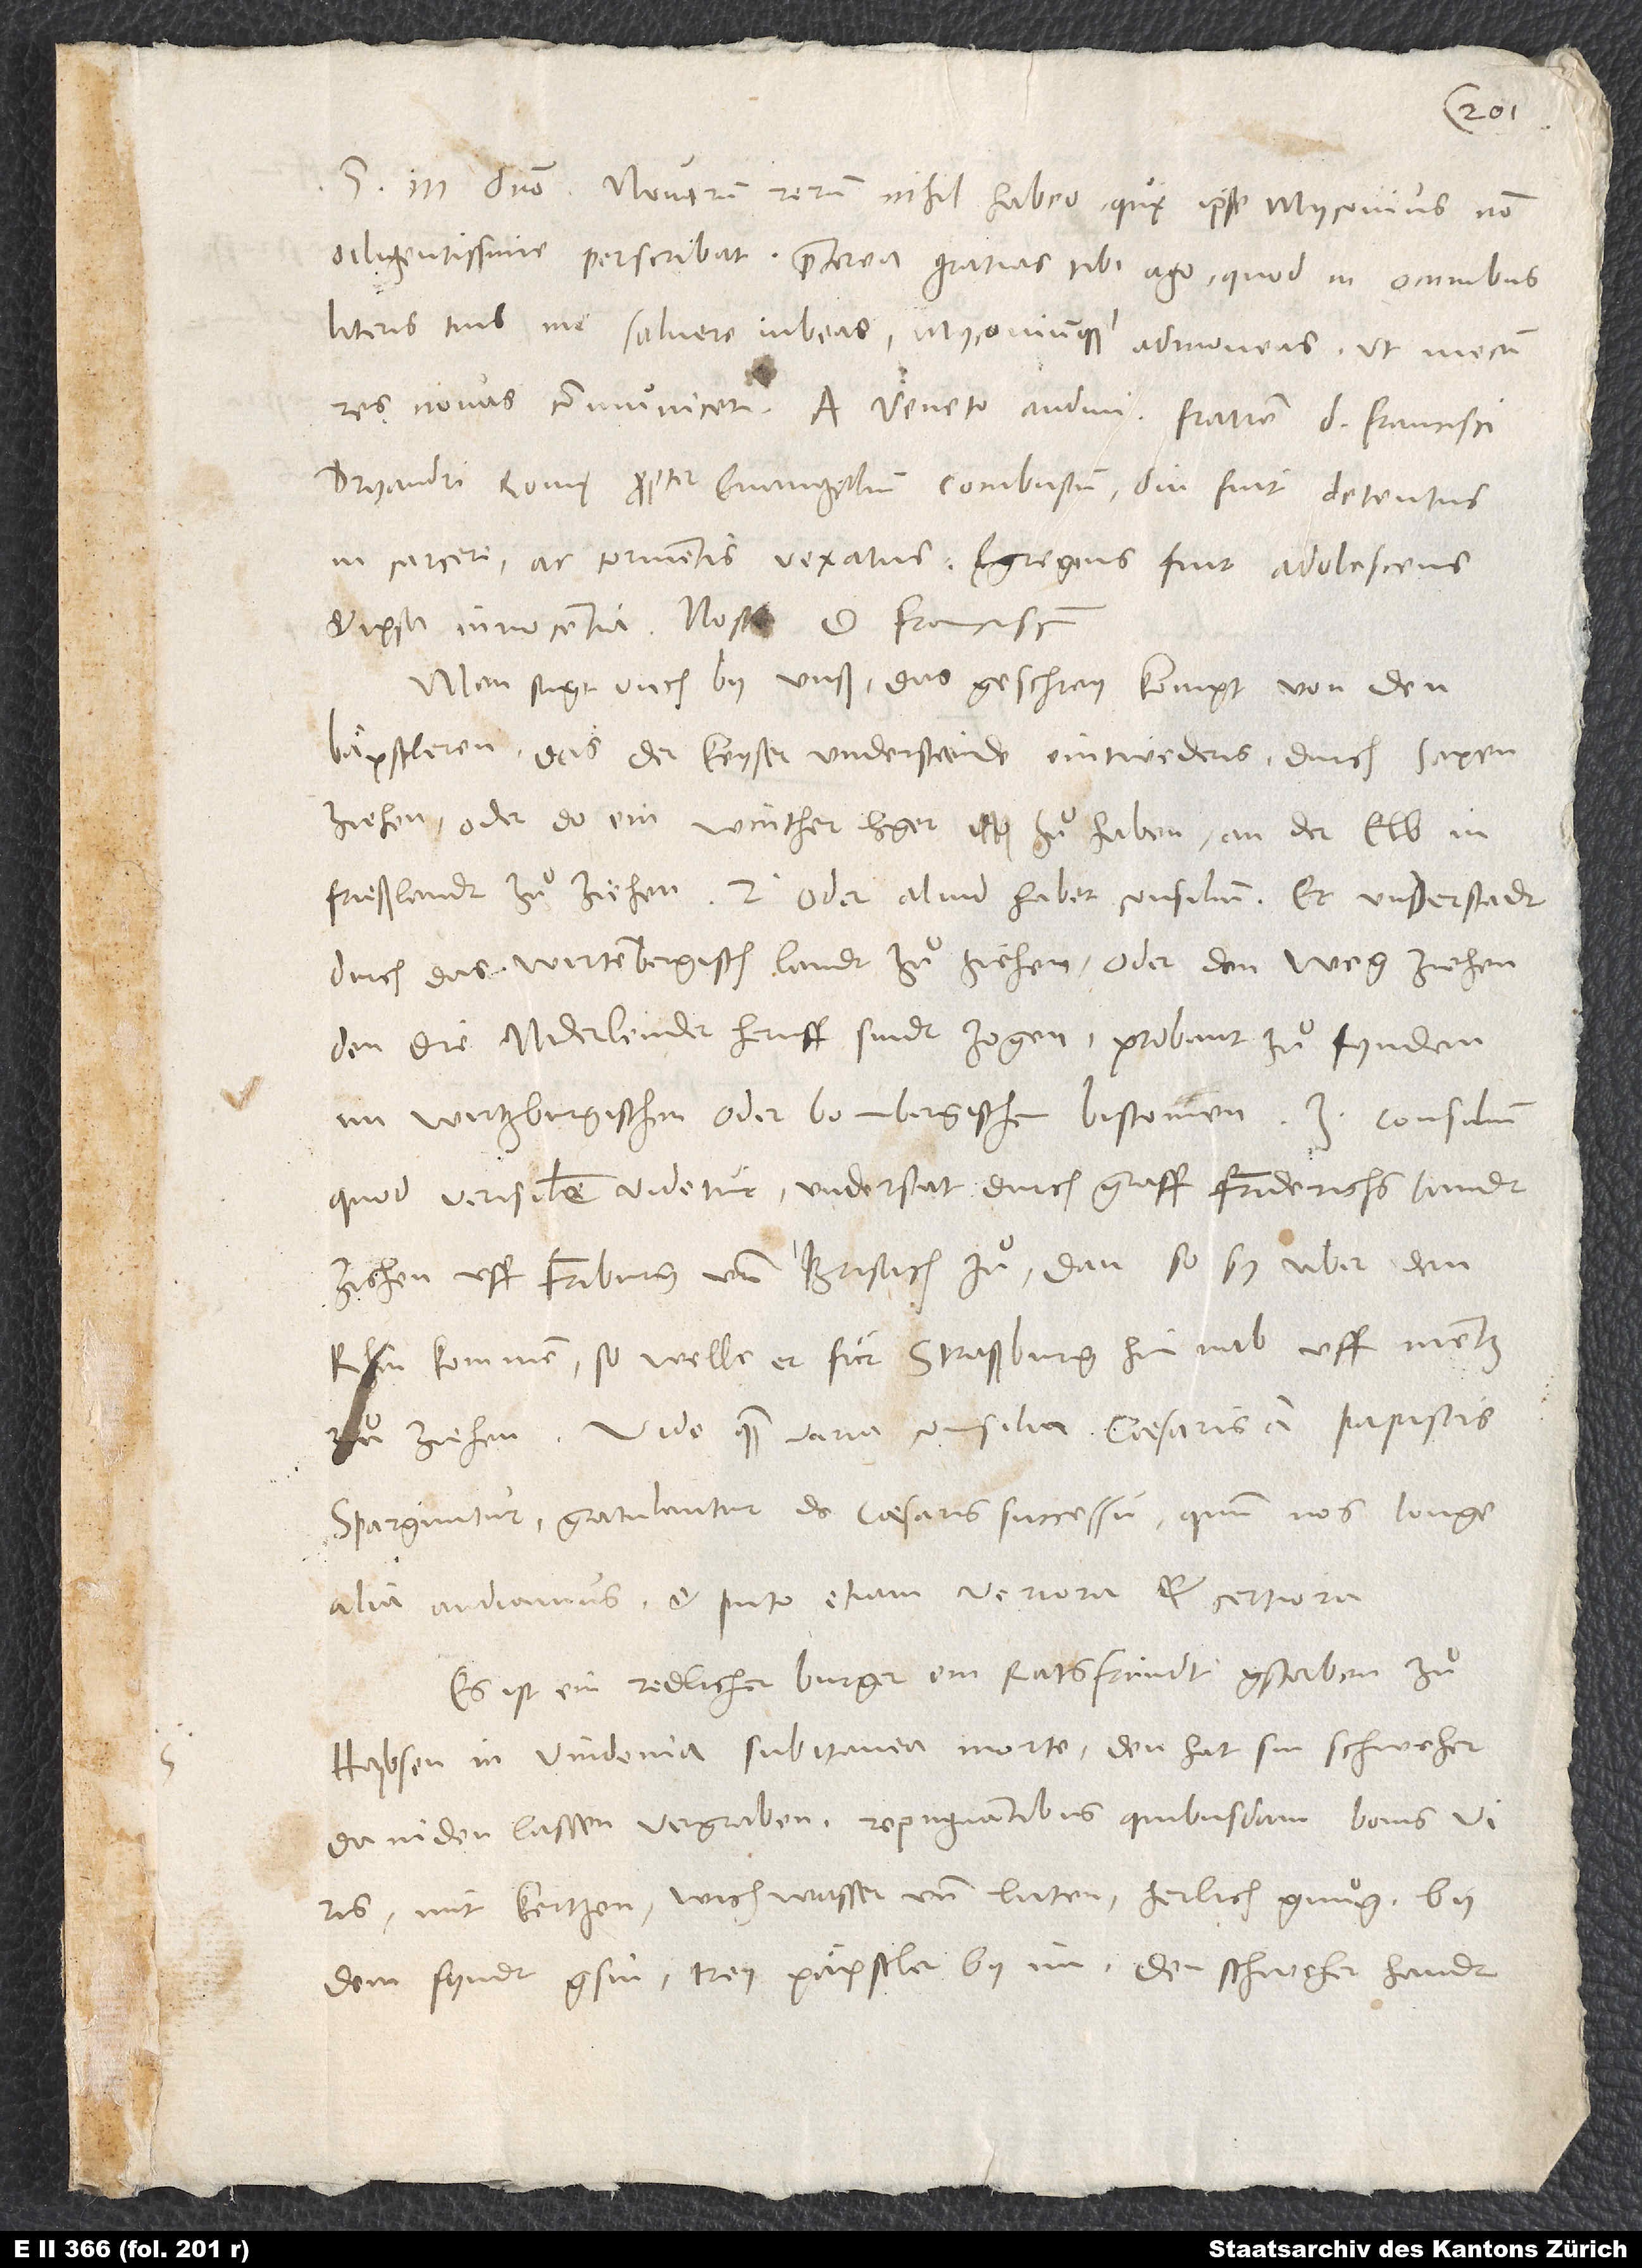
S. in domino. Novarum rerum nihil habeo, quę ipse Myconius non
diligentissime perscribat. Praeterea gratias tibi ago, quod in omnibus
literis tuis me salvere iubeas Myconiumque admoneas, ut mecum
Dryandri Romę propter evangelium combustum. Diu fuit detentus
in carcere ac tormentis vexatus. Egregius fuit adolescens
et ipsa innocentia. Nosti d. Franciscum.
Man sagt ouch by unß (das geschrey kompt von den
bäpstleren), das der keyser understende, eintweders durch Saxen
ziehen, oder(do ein wintherleger zuͦ haben) an der Elb in
Frießlandt zuͦ ziehen. 2. Oder aliud habet consilium: Er understadt,
durch das wirtembergisch landt zuͦ ziehen, oder den weg ziehen,
den die Niderlender heruff sindt zogen, probant zuͦ fynden
im wirtzburgischen oder bombergischen bistomen. 3. Consilium,
quod verisimile videtur, understat durch graff Friderichs landt
ziehen uff Friburg und Brisach zuͦ, dan, so sy uber den
Rhin kommen, so welle er fuͤr Straßburg hinab uff Mentz
zuͦ ziehen. Vide, quam varia consilia caesaris a papistis
sparguntur! Gratulantur de caesaris successu, quum nos longe
alia audiamus, et puto etiam veriora et certiora.
Es ist ein redlicher burger, ein ratsfründt, gstorben zuͦ
Haybsen in vindemia subitanea morte. Den hat sin schweher
daniden lassen vergraben (repugnantibus quibusdam bonis viris)
mit kertzen, wiehwasser und luten, herlich gnuͦg. By
dem syndt gsin trey paͤpstler by im. Den schweher handt